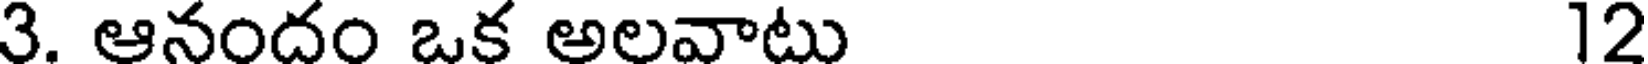
3. ఆనందం ఒక అలవాటు 12